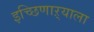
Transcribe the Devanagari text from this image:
इच्छिणाऱ्याला